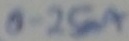
Text: 0.25mA